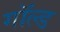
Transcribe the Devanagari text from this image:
गॉल्ड